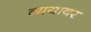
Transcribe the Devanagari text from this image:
व्ययावर